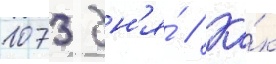
1073 дн'я́ // Ка́к